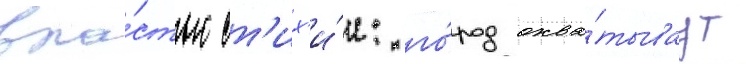
вла́стью ст'их'и́и: го́род охва́тываут